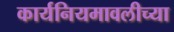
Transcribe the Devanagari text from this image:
कार्यनियमावलीच्या